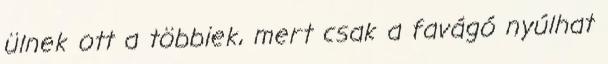
ülnek ott a többiek, mert csak a favágó nyúlhat